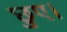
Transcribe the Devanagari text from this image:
छुए।